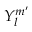
Y _ { l } ^ { m ^ { \prime } }